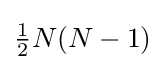
{\textstyle {\frac {1}{2}}N(N-1)}